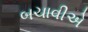
બચાવીએ